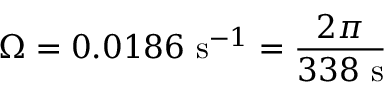
\Omega = 0 . 0 1 8 6 \mathrm { \ s } ^ { - 1 } = { \frac { 2 \pi } { 3 3 8 \mathrm { \ s } } }